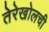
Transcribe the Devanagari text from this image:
तेरेखोलची